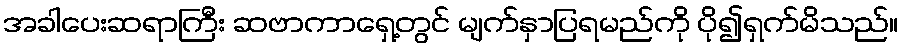
အခါပေးဆရာကြီး ဆဗာကာရှေ့တွင် မျက်နှာပြရမည်ကို ပို၍ရှက်မိသည်။